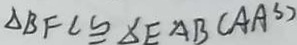
\Delta B F \cong \Delta E A B ( A A ^ { s } )